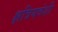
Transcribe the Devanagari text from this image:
क्षत्रियवंशी